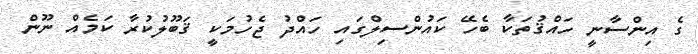
ގެ އިންސާނީ ހައްޤުތަކާ ބެހޭ ކައުންސިލްގައި ހައްދު ޖެހުމަކީ ޤަބޫލުކުރާ ކަމެއް ނޫން